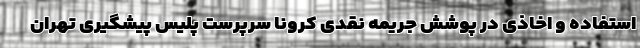
استفاده و اخاذی در پوشش جریمه نقدی کرونا سرپرست پلیس پیشگیری تهران